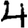
Digit: 4